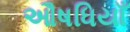
ઔષધિયાઁ